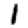
Digit: 1